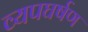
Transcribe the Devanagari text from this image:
व्यपघर्षण